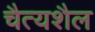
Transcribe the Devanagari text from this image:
चैत्यशैल